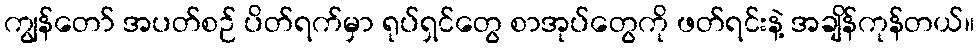
ကျွန်တော် အပတ်စဉ် ပိတ်ရက်မှာ ရုပ်ရှင်တွေ စာအုပ်တွေကို ဖတ်ရင်းနဲ့ အချိန်ကုန်တယ်။